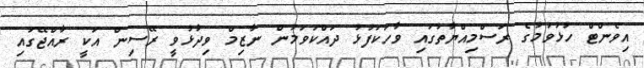
އިވެންޓް ހުޅުވުމުގެ ރަސްމިއްޔާތުގައި ވާހަކަފުޅު ދައްކަވަމުން ނާޒިމް ވިދާޅުވީ ރޭސިން އަކީ ރާއްޖޭގައި